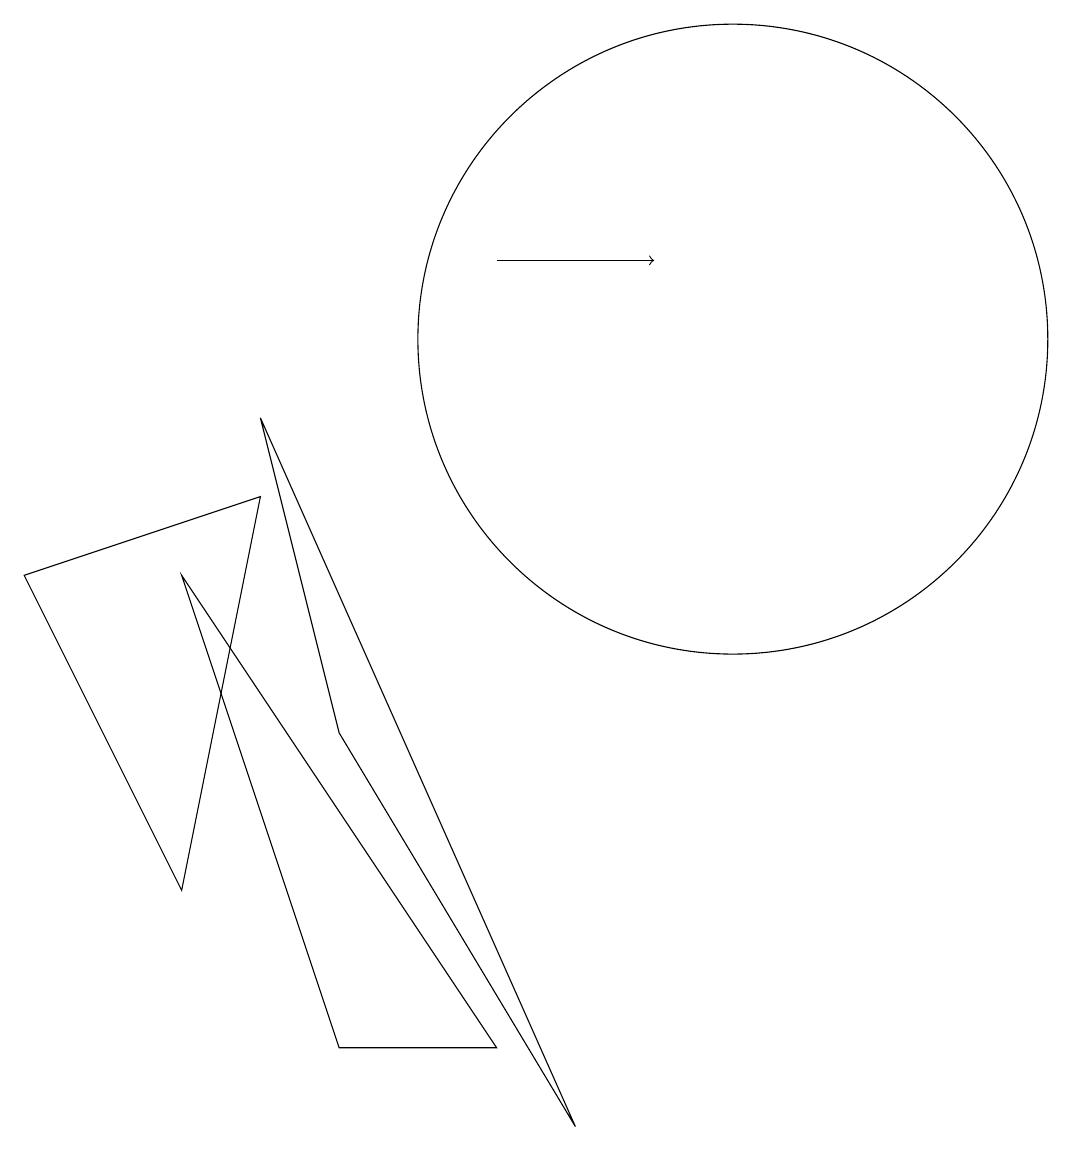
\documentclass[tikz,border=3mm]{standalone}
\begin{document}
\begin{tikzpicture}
\draw (8,0) -- (5,5) -- (4,9) -- cycle;
\draw (10,10) circle (4);
\draw (3,7) -- (7,1) -- (5,1) -- cycle;
\draw[->] (7,11) -- (9,11);
\draw (4,8) -- (1,7) -- (3,3) -- cycle;
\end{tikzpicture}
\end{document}